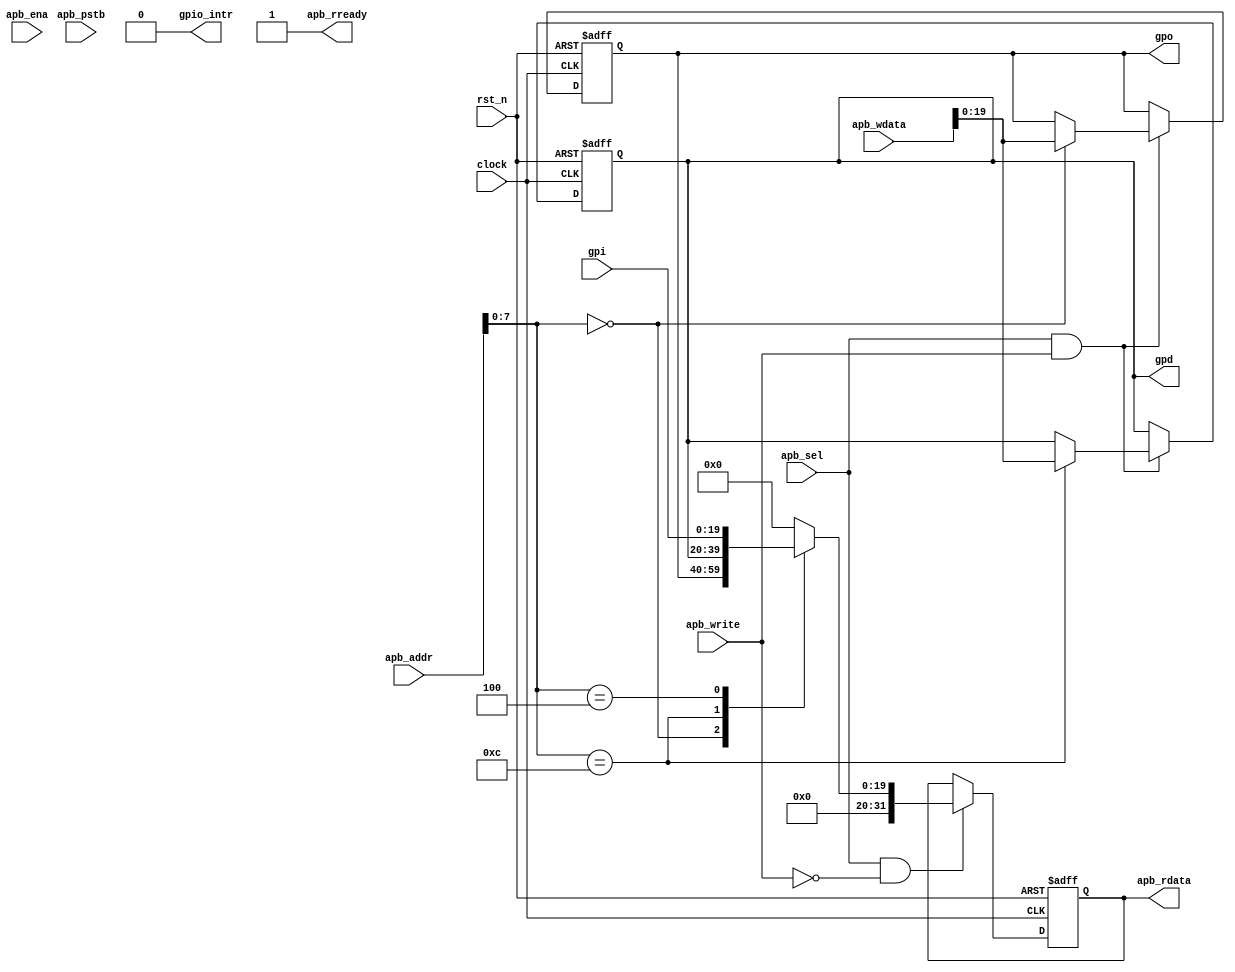
/*
//Copyright 2021 S SIVA PRASAD ssprasad12a@gmail.com

Permission is hereby granted, free of charge, to any person obtaining a copy of this software and associated documentation files (the "Software"), to deal in the Software without restriction, including without limitation the rights to use, copy, modify, merge, publish, distribute, sublicense, and/or sell copies of the Software, and to permit persons to whom the Software is furnished to do so, subject to the following conditions:

The above copyright notice and this permission notice shall be included in all copies or substantial portions of the Software.

THE SOFTWARE IS PROVIDED "AS IS", WITHOUT WARRANTY OF ANY KIND, EXPRESS OR IMPLIED, INCLUDING BUT NOT LIMITED TO THE WARRANTIES OF MERCHANTABILITY, FITNESS FOR A PARTICULAR PURPOSE AND NONINFRINGEMENT. IN NO EVENT SHALL THE AUTHORS OR COPYRIGHT HOLDERS BE LIABLE FOR ANY CLAIM, DAMAGES OR OTHER LIABILITY, WHETHER IN AN ACTION OF CONTRACT, TORT OR OTHERWISE, ARISING FROM, OUT OF OR IN CONNECTION WITH THE SOFTWARE OR THE USE OR OTHER DEALINGS IN THE SOFTWARE.

*/


`timescale 1ns / 1ps


module gpio_ssp(
    input              clock,
    input              rst_n,
    input  [31:0]      apb_addr,
    input              apb_sel,
    input              apb_write,
    input              apb_ena,
    input  [31:0]      apb_wdata,
    output reg [31:0]  apb_rdata,
    input  [3:0]       apb_pstb,
    output             apb_rready,
    output             gpio_intr,
    
    input  [19:0]      gpi,
    output [19:0]      gpo,
    output [19:0]      gpd
   
     
    
    );
    
    localparam GPO_ADDR    = 8'h00;
    localparam GPI_ADDR    = 8'h04;
    localparam GPID_ADDR   = 8'h0C;
    
    
    reg [19:0] gpo_r;
    reg [19:0] gpd_r;
    assign apb_rready = 1'b1;
    
    assign gpd   = gpd_r; 
    assign gpo   = gpo_r;
    
assign gpio_intr = 1'b0;
     
    always @(posedge clock or negedge rst_n) begin 
        if(!rst_n) begin
        
            gpo_r      <= 20'h00000;
            apb_rdata  <= 32'h0000_0000;
            gpd_r      <= 20'h00000;
        
        end else begin
        
            if(apb_sel && apb_write) begin 
                case(apb_addr[7:0]) 
                            GPO_ADDR     : begin gpo_r    <= apb_wdata[19:0] ;end
                            GPID_ADDR    : begin gpd_r    <= apb_wdata[19:0] ;end
                            
                 endcase        
              end
              
             if(apb_sel && !apb_write) begin 
                    case(apb_addr[7:0]) 
                            GPO_ADDR     : begin apb_rdata  <= {12'h000,gpo_r}  ;end
                            GPID_ADDR    : begin apb_rdata  <= {12'h000,gpd_r}  ;end
                            GPI_ADDR     : begin apb_rdata  <= {12'h000,gpi}; end
                            default      : begin apb_rdata   <= 32'h0000_0000; end
                    endcase      
                            
            end            
            
              
              
              
              
              
             
        
        end
    
    end
    
    
    
    
    
    
    
    
    
    
endmodule